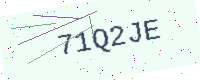
Text: 71Q2JE